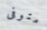
متوفى